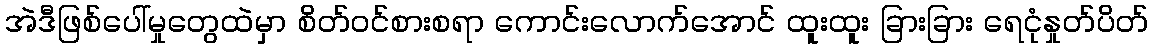
အဲဒီဖြစ်ပေါ်မှုတွေထဲမှာ စိတ်ဝင်စားစရာ ကောင်းလောက်အောင် ထူးထူး ခြားခြား ရေငုံနှုတ်ပိတ်